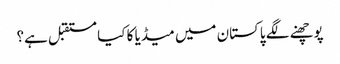
پوچھنے لگے پاکستان میں میڈیا کا کیا مستقبل ہے؟